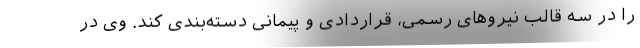
را در سه قالب نیرو‌های رسمی، قراردادی و پیمانی دسته‌بندی کند. وی در